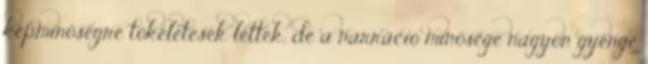
képminőségre tökéletesek lettek, de a narráció minősége nagyon gyenge